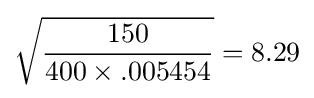
{\sqrt {\frac {150}{400\times .005454}}}=8.29